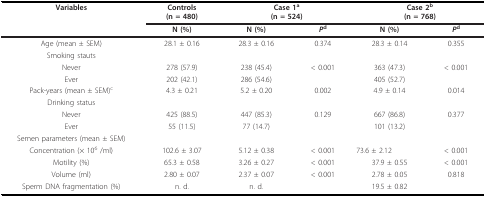
| Variables | Controls(n = 480) | <COLSPAN=2> Case 1a(n = 524) | <COLSPAN=2> Case 2b(n = 768) |
 |  | N (%) | N (%) | Pd | N (%) | Pd |
 | --- | --- | --- | --- | --- | --- |
 | Age (mean ± SEM) | 28.1 ± 0.16 | 28.3 ± 0.16 | 0.374 | 28.3 ± 0.14 | 0.355 |
 | Smoking stauts |  |  |  |  |  |
 | Never | 278 (57.9) | 238 (45.4) | < 0.001 | 363 (47.3) | < 0.001 |
 | Ever | 202 (42.1) | 286 (54.6) |  | 405 (52.7) |  |
 | Pack-years (mean ± SEM)c | 4.3 ± 0.21 | 5.2 ± 0.20 | 0.002 | 4.9 ± 0.14 | 0.014 |
 | Drinking status |  |  |  |  |  |
 | Never | 425 (88.5) | 447 (85.3) | 0.129 | 667 (86.8) | 0.377 |
 | Ever | 55 (11.5) | 77 (14.7) |  | 101 (13.2) |  |
 | Semen parameters (mean ± SEM) |  |  |  |  |  |
 | Concentration (× 106 /ml) | 102.6 ± 3.07 | 5.12 ± 0.38 | < 0.001 | 73.6 ± 2.12 | < 0.001 |
 | Motility (%) | 65.3 ± 0.58 | 3.26 ± 0.27 | < 0.001 | 37.9 ± 0.55 | < 0.001 |
 | Volume (ml) | 2.80 ± 0.07 | 2.37 ± 0.07 | < 0.001 | 2.78 ± 0.05 | 0.818 |
 | Sperm DNA fragmentation (%) | n. d. | n. d. |  | 19.5 ± 0.82 |  |